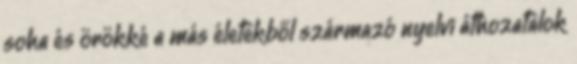
soha és örökké a más életekből származó nyelvi áthozatalok